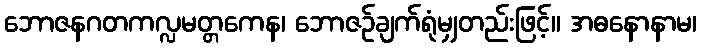
ဘောဇနဂတကလ္လမတ္တကေန၊ ဘောဇဉ်ချက်ရုံမျှတည်းဖြင့်။ အဓနောနာမ၊